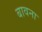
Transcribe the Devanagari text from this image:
बावना